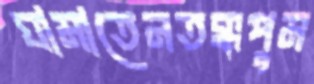
ঘামাতেনতক্কপুম